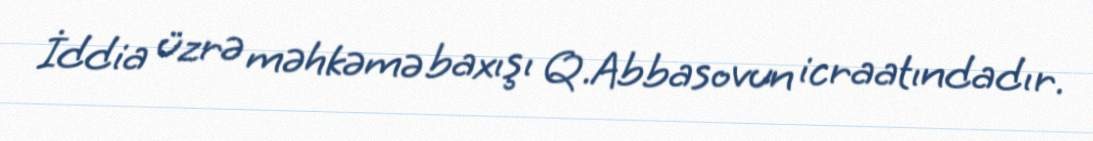
İddia üzrə məhkəmə baxışı Q.Abbasovun icraatındadır.